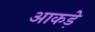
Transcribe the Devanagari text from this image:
आकडे़